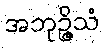
အဘုဉ္ဇိသံ